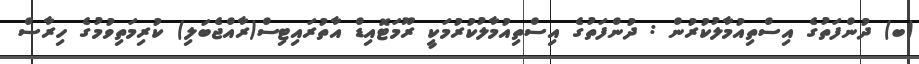
(ބ) ދުންފަތުގެ އިސްތިއުމާލުކުރުން : ދުންފަތުގެ އިސްތިއުމާލުކުރުމަކީ ރޫމަޓޮއިޑް އާތުރައިޓިސް(ރާއްޖެބަލި) ކުރިމަތިވުމުގެ ހިރާސް